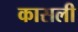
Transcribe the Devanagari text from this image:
कासली